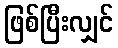
ဖြစ်ပြီးလျှင်